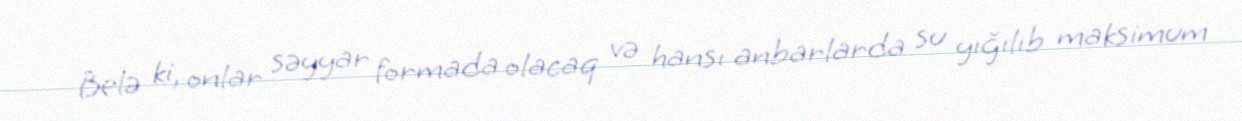
Belə ki, onlar səyyar formada olacaq və hansı anbarlarda su yığılıb maksimum